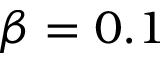
\beta = 0 . 1